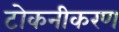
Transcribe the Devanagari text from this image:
टोकनीकरण